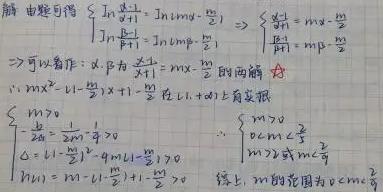
\[
\begin{cases}
\ln\frac{\alpha + 1}{\beta + 1}=\ln m\alpha-\frac{m}{2}\\
\ln\frac{\beta + 1}{\alpha + 1}=\ln m\beta-\frac{m}{2}
\end{cases}
\Rightarrow
\begin{cases}
\frac{\alpha}{\beta + 1}=m\alpha-\frac{m}{2}\\
\frac{\beta}{\alpha + 1}=m\beta-\frac{m}{2}
\end{cases}
\]
\[
\Rightarrow 可以看作：\alpha,\beta为\frac{x}{x + 1}=mx-\frac{m}{2}的两根 \bigstar
\]
\[
\therefore mx^{2}-(1-\frac{m}{2})x + 1-\frac{m}{2}在(1,+\infty)上有实根
\]
\[
\begin{cases}
m>0\\
-\frac{1-\frac{m}{2}}{2m}>1\\
\Delta=(1-\frac{m}{2})^{2}-4m(1-\frac{m}{2})\geq0
\end{cases}
\Rightarrow
\begin{cases}
m>0\\
0<m<\frac{2}{3}\\
m\geq4或m\leq\frac{2}{5}
\end{cases}
\]
\[
综上，m的范围为0<m\leq\frac{2}{5}
\]